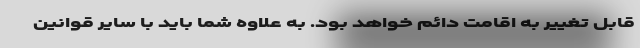
قابل تغییر به اقامت دائم خواهد بود. به علاوه شما باید با سایر قوانین